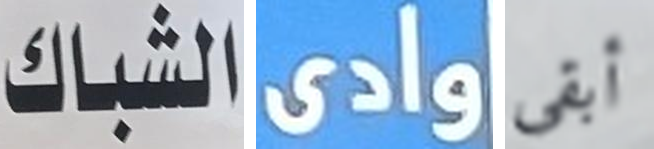
الشباك وادى أبقي